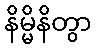
နိမ္မိနိတွာ